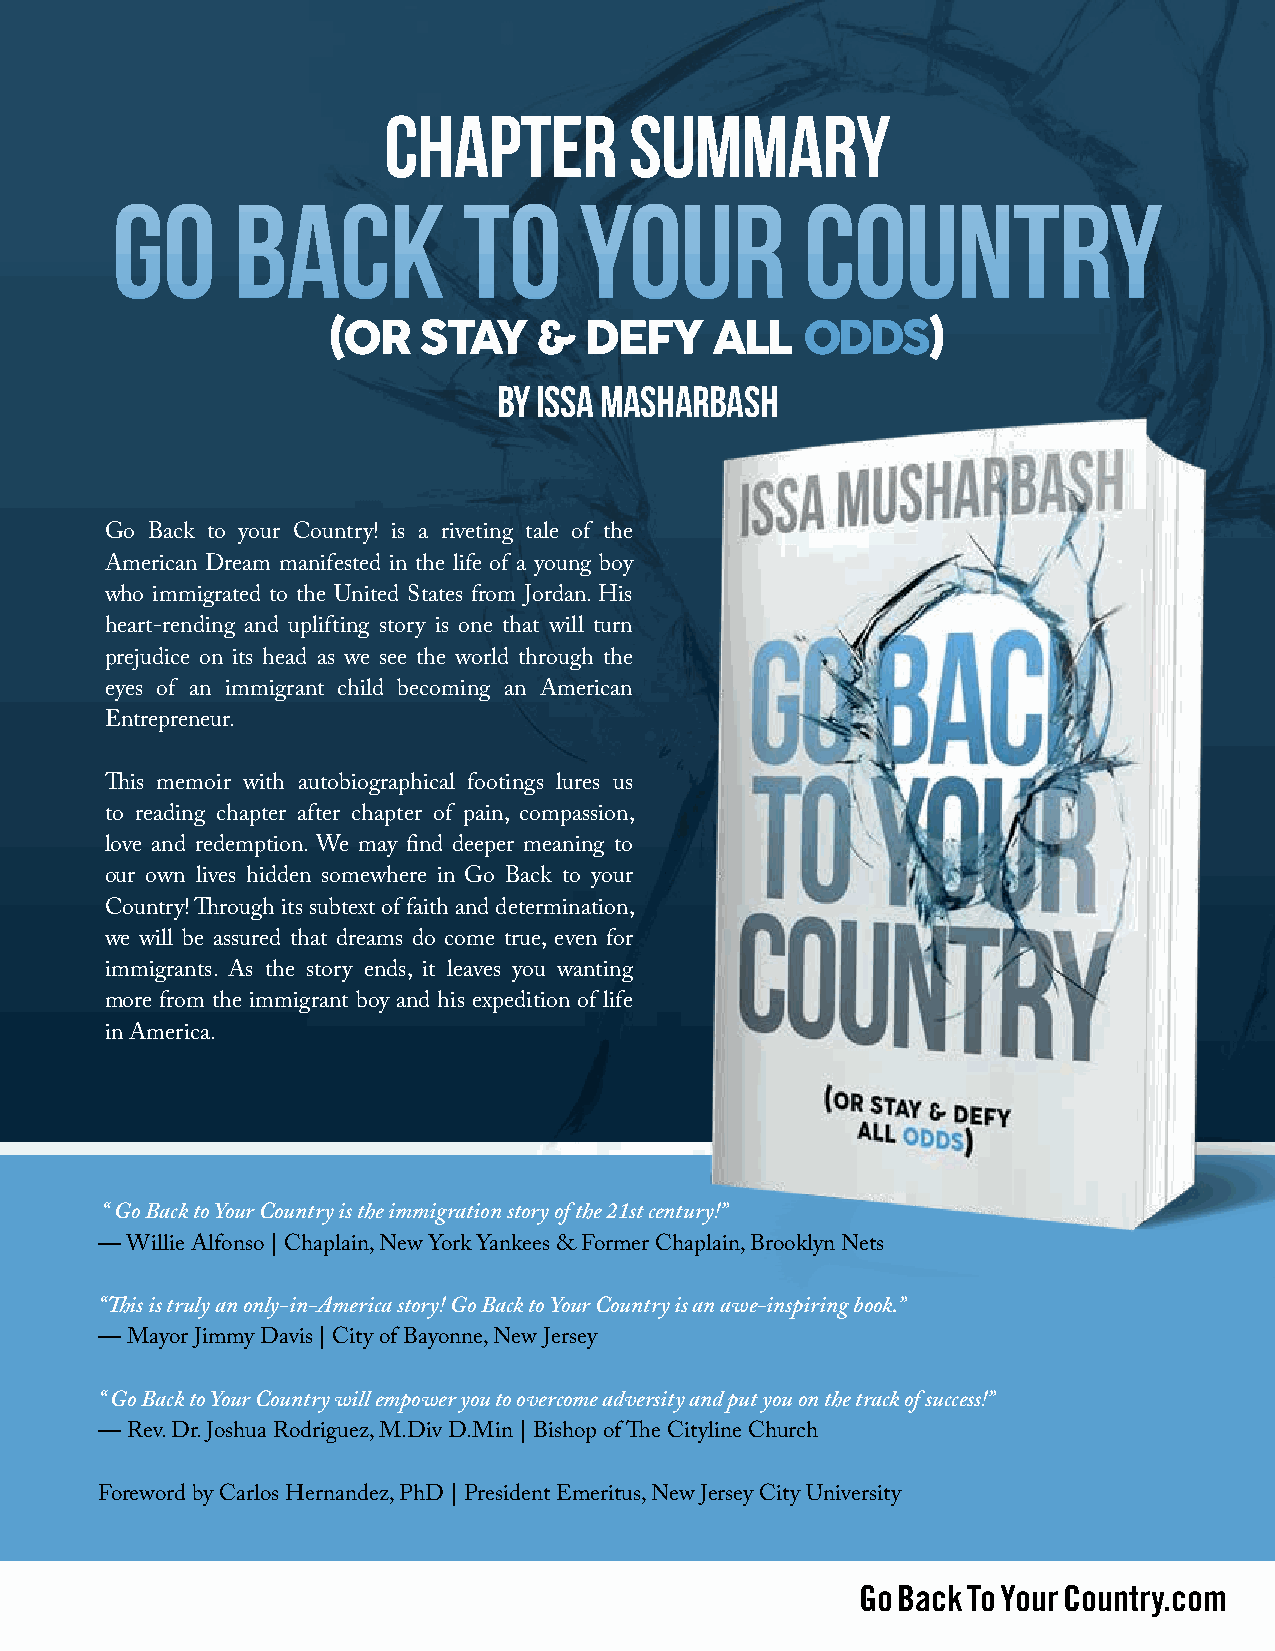
Chapter          Summary
 Go      Back            To     Your           Country
 (Or   Stay    &  Defy    all    ODDS)
 BY Issa Masharbash
 Go Back to your Country! is a riveting tale of the
 American Dream manifested in the life of a young boy
 who immigrated to the United States from Jordan. His
 heart-rending and uplifting story is one that will turn
 prejudice on its head as we see the world through the
 eyes of an immigrant child becoming an American
 Entrepreneur.
 This memoir with autobiographical footings lures us
 to reading chapter after chapter of pain, compassion,
 love and redemption. We may find deeper meaning to
 our own lives hidden somewhere in Go Back to your
 Country! Through its subtext of faith and determination,
 we will be assured that dreams do come true, even for
 immigrants. As the story ends, it leaves you wanting
 more from the immigrant boy and his expedition of life
 in America.
 “ Go Back to Your Country is the immigration story of the 21st century!”
 — Willie Alfonso | Chaplain, New York Yankees & Former Chaplain, Brooklyn Nets
 “This is truly an only-in-America story! Go Back to Your Country is an awe-inspiring book.”
 — Mayor Jimmy Davis | City of Bayonne, New Jersey
 “ Go Back to Your Country will empower you to overcome adversity and put you on the track of success!”
 — Rev. Dr. Joshua Rodriguez, M.Div D.Min | Bishop of The Cityline Church
 Foreword by Carlos Hernandez, PhD | President Emeritus, New Jersey City University
 GoBackToYourCountry.com